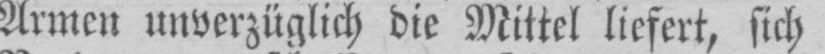
Armen unverzüglich die Mittel liefert, sich